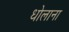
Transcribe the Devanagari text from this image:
धोलाना